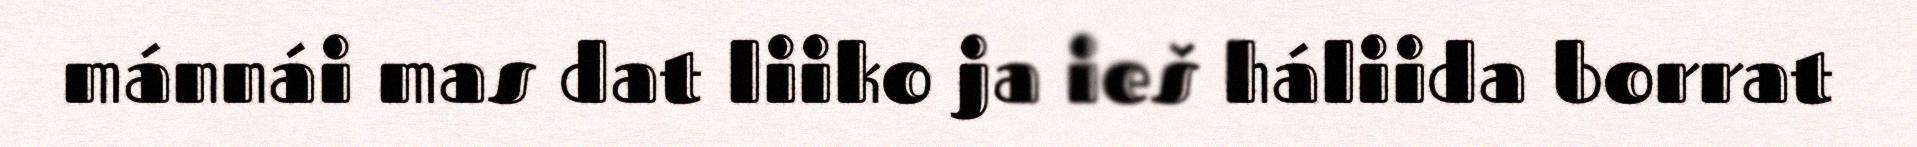
mánnái mas dat liiko ja ieš háliida borrat